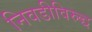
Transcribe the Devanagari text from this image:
निवडीविरुद्ध